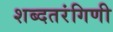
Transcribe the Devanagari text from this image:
शब्दतरंगिणी